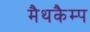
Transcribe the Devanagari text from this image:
मैथकैम्प